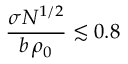
\frac { \sigma N ^ { 1 / 2 } } { b \, \rho _ { 0 } } \lesssim 0 . 8